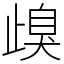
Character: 㱗